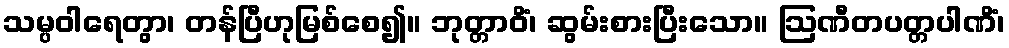
သမ္ပဝါရေတွာ၊ တန်ပြီဟုမြစ်စေ၍။ ဘုတ္တာဝိံ၊ ဆွမ်းစားပြီးသော။ ဩဏီတပတ္တပါဏိံ၊